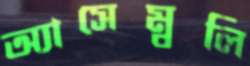
অ্যাসেম্বলি